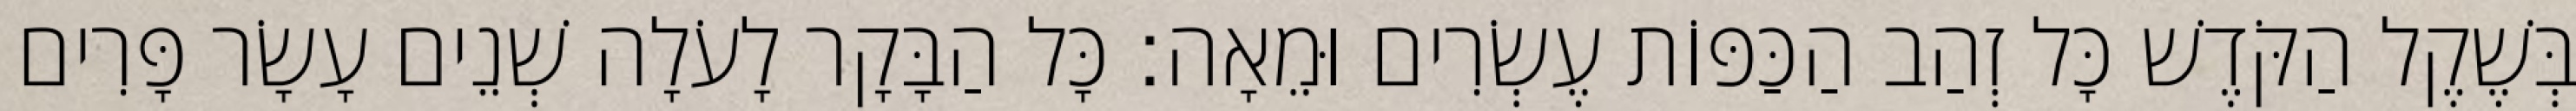
בְּשֶׁקֶל הַקֹּדֶשׁ כָּל זְהַב הַכַּפּוֹת עֶשְׂרִים וּמֵאָה׃ כָּל הַבָּקָר לָעֹלָה שְׁנֵים עָשָׂר פָּרִים